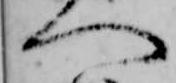
へ